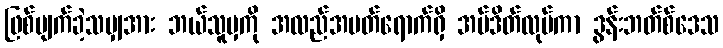
ဖြစ်ပျက်ခဲ့သမျှအား ဘယ်သူမှကို အလည်အပတ်ရောက်ရှိ အပ်ဒိတ်လုပ်ကာ ဒွန်းဘတ်စ်ဒေသ